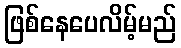
ဖြစ်နေပေလိမ့်မည်